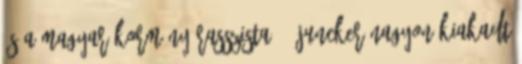
és a magyar kormány rasszista" - Juncker nagyon kiakadt